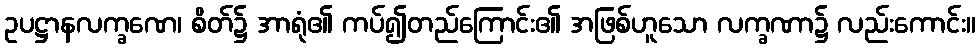
ဥပဋ္ဌာနလက္ခဏေ၊ စိတ်၌ အာရုံ၏ ကပ်၍တည်ကြောင်း၏ အဖြစ်ဟူသော လက္ခဏာ၌ လည်းကောင်း။